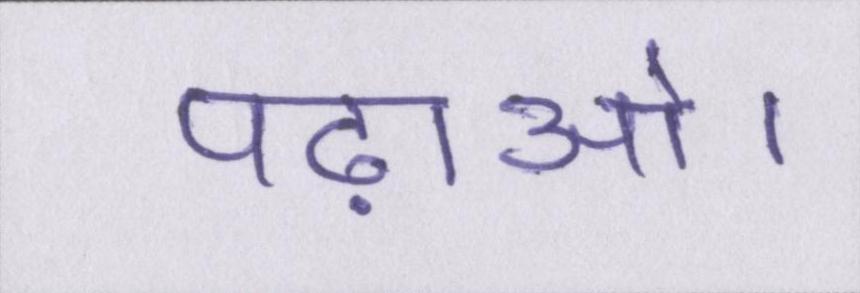
पढ़ाओ।